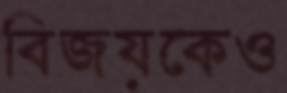
বিজয়কেও